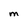
Character: m